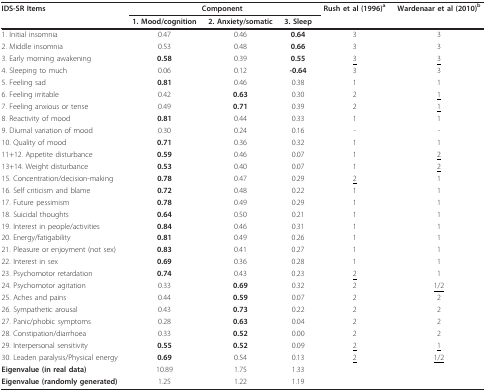
<table><thead><tr><td><b>IDS-SR Items</b></td><td colspan="3"><b>Component</b></td><td><b>Rush et al (1996)<sup>a</sup></b></td><td><b>Wardenaar et al (2010)<sup>b</sup></b></td></tr><tr><td></td><td><b>1. Mood/cognition</b></td><td><b>2. Anxiety/somatic</b></td><td><b>3. Sleep</b></td><td></td><td></td></tr></thead><tbody><tr><td>1. Initial insomnia</td><td>0.47</td><td>0.46</td><td><b>0.64</b></td><td>3</td><td>3</td></tr><tr><td>2. Middle insomnia</td><td>0.53</td><td>0.48</td><td><b>0.66</b></td><td>3</td><td>3</td></tr><tr><td>3. Early morning awakening</td><td><b>0.58</b></td><td>0.39</td><td><b>0.55</b></td><td><underline>3</underline></td><td><underline>3</underline></td></tr><tr><td>4. Sleeping to much</td><td>0.06</td><td>0.12</td><td><b>-0.64</b></td><td>3</td><td>3</td></tr><tr><td>5. Feeling sad</td><td><b>0.81</b></td><td>0.46</td><td>0.38</td><td>1</td><td>1</td></tr><tr><td>6. Feeling irritable</td><td>0.42</td><td><b>0.63</b></td><td>0.30</td><td>2</td><td><underline>1</underline></td></tr><tr><td>7. Feeling anxious or tense</td><td>0.49</td><td><b>0.71</b></td><td>0.39</td><td>2</td><td><underline>1</underline></td></tr><tr><td>8. Reactivity of mood</td><td><b>0.81</b></td><td>0.44</td><td>0.33</td><td>1</td><td>1</td></tr><tr><td>9. Diurnal variation of mood</td><td>0.30</td><td>0.24</td><td>0.16</td><td>-</td><td>-</td></tr><tr><td>10. Quality of mood</td><td><b>0.71</b></td><td>0.36</td><td>0.32</td><td>1</td><td>1</td></tr><tr><td>11+12. Appetite disturbance</td><td><b>0.59</b></td><td>0.46</td><td>0.07</td><td>1</td><td><underline>2</underline></td></tr><tr><td>13+14. Weight disturbance</td><td><b>0.53</b></td><td>0.40</td><td>0.07</td><td>1</td><td><underline>2</underline></td></tr><tr><td>15. Concentration/decision-making</td><td><b>0.78</b></td><td>0.47</td><td>0.29</td><td><underline>2</underline></td><td>1</td></tr><tr><td>16. Self criticism and blame</td><td><b>0.72</b></td><td>0.48</td><td>0.22</td><td>1</td><td>1</td></tr><tr><td>17. Future pessimism</td><td><b>0.78</b></td><td>0.49</td><td>0.29</td><td>1</td><td>1</td></tr><tr><td>18. Suicidal thoughts</td><td><b>0.64</b></td><td>0.50</td><td>0.21</td><td>1</td><td>1</td></tr><tr><td>19. Interest in people/activities</td><td><b>0.84</b></td><td>0.46</td><td>0.31</td><td>1</td><td>1</td></tr><tr><td>20. Energy/fatigability</td><td><b>0.81</b></td><td>0.49</td><td>0.26</td><td>1</td><td>1</td></tr><tr><td>21. Pleasure or enjoyment (not sex)</td><td><b>0.83</b></td><td>0.41</td><td>0.27</td><td>1</td><td>1</td></tr><tr><td>22. Interest in sex</td><td><b>0.69</b></td><td>0.36</td><td>0.28</td><td>1</td><td>1</td></tr><tr><td>23. Psychomotor retardation</td><td><b>0.74</b></td><td>0.43</td><td>0.23</td><td><underline>2</underline></td><td>1</td></tr><tr><td>24. Psychomotor agitation</td><td>0.33</td><td><b>0.69</b></td><td>0.32</td><td>2</td><td><underline>1/2</underline></td></tr><tr><td>25. Aches and pains</td><td>0.44</td><td><b>0.59</b></td><td>0.07</td><td>2</td><td>2</td></tr><tr><td>26. Sympathetic arousal</td><td>0.43</td><td><b>0.73</b></td><td>0.22</td><td>2</td><td>2</td></tr><tr><td>27. Panic/phobic symptoms</td><td>0.28</td><td><b>0.63</b></td><td>0.04</td><td>2</td><td>2</td></tr><tr><td>28. Constipation/diarrhoea</td><td>0.33</td><td><b>0.52</b></td><td>0.00</td><td>2</td><td>2</td></tr><tr><td>29. Interpersonal sensitivity</td><td><b>0.55</b></td><td><b>0.52</b></td><td>0.09</td><td><underline>2</underline></td><td><underline>1</underline></td></tr><tr><td>30. Leaden paralysis/Physical energy</td><td><b>0.69</b></td><td>0.54</td><td>0.13</td><td><underline>2</underline></td><td><underline>1/2</underline></td></tr><tr><td><b>Eigenvalue (in real data)</b></td><td>10.89</td><td>1.75</td><td>1.33</td><td></td><td></td></tr><tr><td><b>Eigenvalue (randomly generated)</b></td><td>1.25</td><td>1.22</td><td>1.19</td><td></td><td></td></tr></tbody></table>